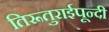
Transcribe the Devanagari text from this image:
तिरूतुराईपून्दी